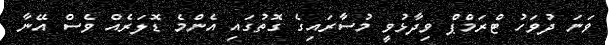
ވަނަ ދުވަހު ޓްރަމްޕް ވިދާޅުވީ މުސާރައިގެ ގޮތުގައި އެންމެ ޑޮލަރެއް ވެސް އޭނާ